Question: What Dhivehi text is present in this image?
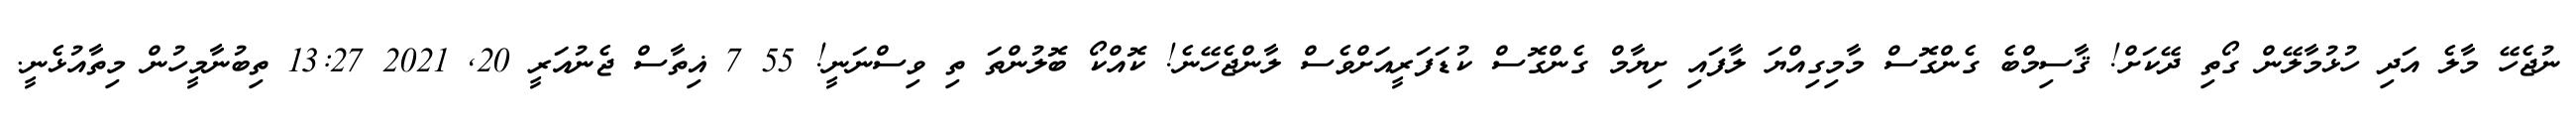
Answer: ނުޖެހޭ މާލެ އަދި ހުޅުމާލޭން ގޯތި ދޭކަށް! ޤާސިމްބެ ގެންގޮސް މާމިގިއްޔަ ލާފައި ށިޔާމް ގެންގޮސް ކުޑަފަރީއަށްވެސް ލާންޖެހޭނެ! ކޮއްކޯ ބޮލުންތަ ތި ވިސްނަނީ! 55 7 ޣިތާސް ޖެނުއަރީ 20, 2021 13:27 ތިބުނާމީހުން މިތާއުޅެނީ.